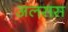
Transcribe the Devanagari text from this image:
अलसस